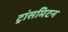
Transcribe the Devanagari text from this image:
ट्रांसमिटन